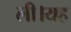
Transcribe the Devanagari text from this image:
ली।यह